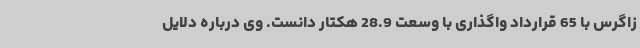
زاگرس با 65 قرارداد واگذاری با وسعت 28.9 هکتار دانست. وی درباره دلایل